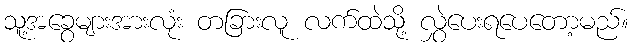
သူ့အခွေများအားလုံး တခြားလူ လက်ထဲသို့ လွှဲပေးရပေတော့မည်။